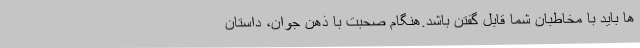
ها باید با مخاطبان شما قابل گفتن باشد.هنگام صحبت با ذهن جوان، داستان